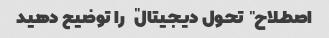
اصطلاح "تحول دیجیتال" را توضیح دهید